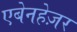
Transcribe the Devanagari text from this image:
एबेनहेज़र